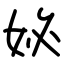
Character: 妼